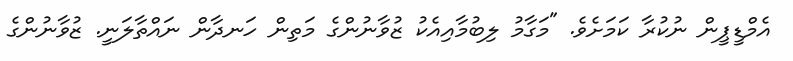
އެމްޑީޕީން ނުކުރާ ކަމަށެވެ. "މަގާމު ލިބުމާއިއެކު ޒުވާނުންގެ މަތިން ހަނދާން ނައްތާލަނީ. ޒުވާނުންގެ